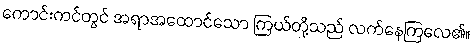
ကောင်းကင်တွင် အရာအထောင်သော ကြယ်တို့သည် လက်နေကြလေ၏။